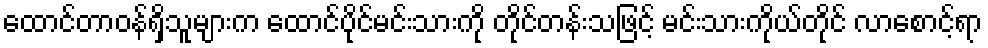
ထောင်တာဝန်ရှိသူများက ထောင်ပိုင်မင်းသားကို တိုင်တန်းသဖြင့် မင်းသားကိုယ်တိုင် လာစောင့်ရာ